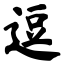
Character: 逗